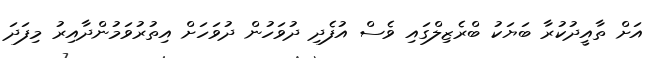
އަށް ތާއީދުކުރާ ބަޔަކު ބްރެޒިލްގައި ވެސް އުފެދި ދުވަހުން ދުވަހަށް އިތުރުވަމުންދާއިރު މިފަދަ